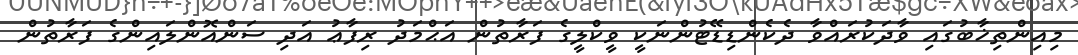
މިއިންތިޚާބުގައި ވާދަކުރައްވާ ދެކެންޑިޑޭޓުންނަކީ ވީކްލީގެ ފަރާތުން އަޙްމަދު ރިފާޢު އަދި ސަންއޮންލައިންގެ ފަރާތުން